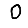
Digit: 0